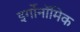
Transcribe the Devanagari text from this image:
इर्गोनॉमिक